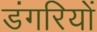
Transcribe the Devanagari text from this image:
डंगरियों